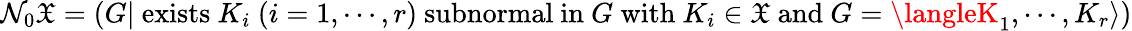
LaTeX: \mathcal{N}_{0}{\mathfrak{{X}}}=(G|{\mathrm{{~exists~}}}K_{i}\ (i=1,\cdots,r){\mathrm{{~subnormal~in~}}}G{\mathrm{{~with~}}}K_{i}\in{\mathfrak{{X}}}{\mathrm{{~and~}}}G=\langleK_{1},\cdots,K_{r}\rangle)